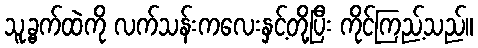
သူ့ခွက်ထဲကို လက်သန်းကလေးနှင့်တို့ပြီး ကိုင်ကြည့်သည်။